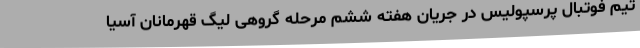
تیم فوتبال پرسپولیس در جریان هفته ششم مرحله گروهی لیگ قهرمانان آسیا